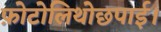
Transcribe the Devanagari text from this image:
फ़ोटोलिथोछपाई।